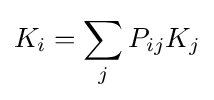
K_{i}=\sum _{j}P_{ij}K_{j}